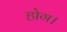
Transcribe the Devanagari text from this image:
होग।